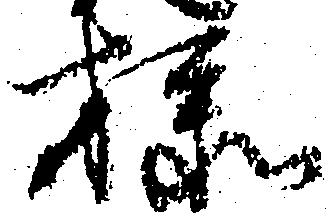
様